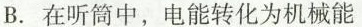
B.在听筒中，电能转化为机械能